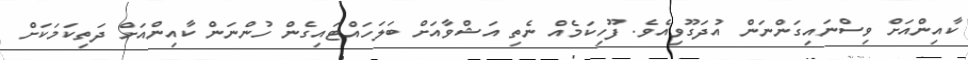
ކާއިންއަށް ވިސްނައިގަންނަން އުދަގޫވިއެވެ. ފޫހިކަމެއް ނެތި އަޝްވާއަށް ބަލަހައްޓައިގެން ހުންނަން ކާއިންއަށް ދަތިކަމަކަށް